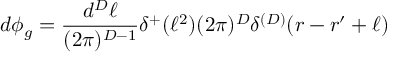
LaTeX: d \phi _ { g } = \frac { d ^ { D } \ell } { ( 2 \pi ) ^ { D - 1 } } \delta ^ { + } ( \ell ^ { 2 } ) ( 2 \pi ) ^ { D } \delta ^ { ( D ) } ( r - r ^ { \prime } + \ell )